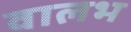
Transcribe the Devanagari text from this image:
वालभ